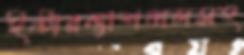
ইন্টারন্যাশনালসহ